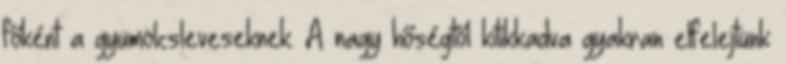
főként a gyümölcsleveseknek. A nagy hőségtől kitikkadva gyakran elfelejtünk